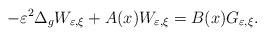
LaTeX: \begin{align*}-\varepsilon^{2}\Delta_{g}W_{\varepsilon,\xi}+A(x)W_{\varepsilon,\xi}=B(x)G_{\varepsilon,\xi}.\end{align*}